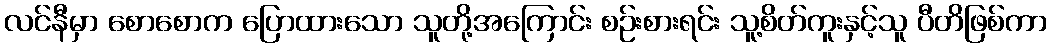
လင်နီမှာ စောစောက ပြောထားသော သူတို့အကြောင်း စဉ်းစားရင်း သူ့စိတ်ကူးနှင့်သူ ပီတိဖြစ်ကာ